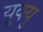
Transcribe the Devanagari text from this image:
यूक्यु